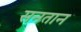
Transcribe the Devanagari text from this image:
सनतान